Indian journal of veterinary science and animal husbandry - Volume 9,
Year: 1939
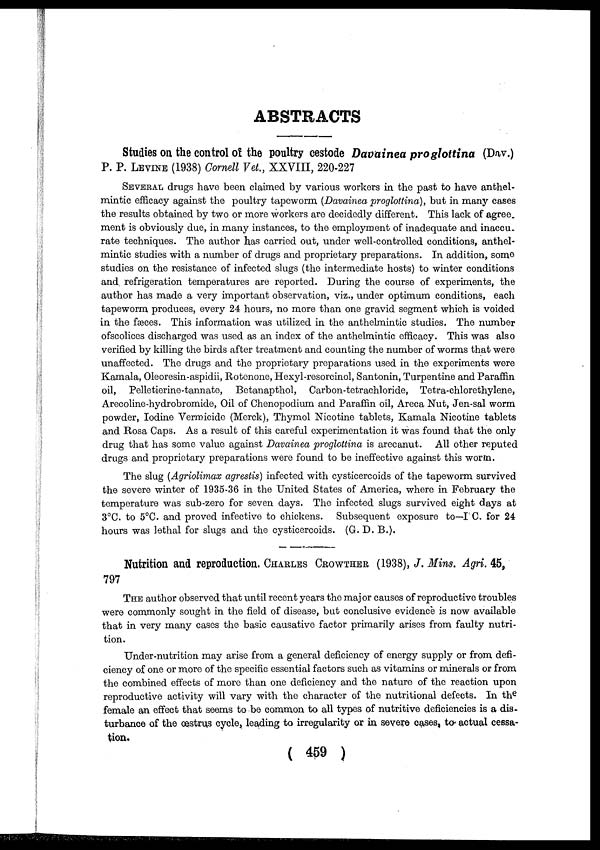
ABSTRACTS
Studies on the control of the poultry cestode Davainea proglottina (Dav.)
P. P. LEVINE (1938) Cornell Vet, XXVIII, 220-227
SEVERAL drugs have been claimed by various workers in the past to have anthel-
mintic efficacy against the poultry tapeworm (Davainea proglottina), but in many cases
the results obtained by two or more workers are decidedly different. This lack of agree
ment is obviously due, in many instances, to the employment of inadequate and inaccu.
rate techniques. The author has carried out, under well-controlled conditions, anthel-
mintic studies with a number of drugs and proprietary preparations. In addition, some
studies on the resistance of infected slugs (the intermediate hosts) to winter conditions
and refrigeration temperatures are reported. During the course of experiments, the
author has made a very important observation, viz., under optimum conditions, each
tapeworm produces, every 24 hours, no more than one gravid segment which is voided
in the fæces. This information was utilized in the anthelmintic studies. The number
ofscolices discharged was used as an index of the anthelmintic efficacy. This was also
verified by killing the birds after treatment and counting the number of worms that were
unaffected. The drugs and the proprietary preparations used in the experiments were
Kamala, Oleoresin-aspidii, Rotenone, Hexyl-resorcinol, Santonin, Turpentine and Paraffin
oil, Pelletierine-tannate, Betanapthol, Carbon-tetrachloride, Tetra-chlorethylene,
Arecoline-hydrobromide, Oil of Chenopodium and Paraffin oil, Areca Nut, Jen-sal worm
powder, Iodine Vermicide (Merck), Thymol Nicotine tablets, Kamala Nicotine tablets
and Rosa Caps. As a result of this careful experimentation it was found that the only
drug that has some value against Davainea proglottina is arecanut. All other reputed
drugs and proprietary preparations were found to be ineffective against this worm.
The slug (Agriolimax agrestis) infected with cysticercoids of the tapeworm survived
the severe winter of 1935-36 in the United States of America, where in February the
temperature was sub-zero for seven days. The infected slugs survived eight days at
3°C. to 5°C. and proved infective to chickens. Subsequent exposure to—I C. for 24
hours was lethal for slugs and the cysticercoids. (G. D. B.).
Nutrition and reproduction. CHARLES CROWTHER (1938), J. Mins. Agri. 45,
797
THE author observed that until recent years the major causes of reproductive troubles
were commonly sought in the field of disease, but conclusive evidence is now available
that in very many cases the basic causative factor primarily arises from faulty nutri-
tion.
Under-nutrition may arise from a general deficiency of energy supply or from defi-
ciency of one or more of the specific essential factors such as vitamins or minerals or from
the combined effects of more than one deficiency and the nature of the reaction upon
reproductive activity will vary with the character of the nutritional defects. In the
female an effect that seems to be common to all types of nutritive deficiencies is a dis-
turbance of the œstrus cycle, leading to irregularity or in severe cases, to actual cessa-
tion.
( 459 )